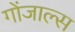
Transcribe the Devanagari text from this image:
गोंजाल्स